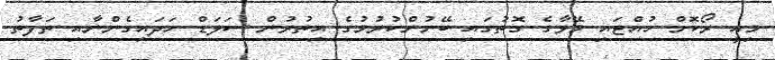
މިއީ ރޯކޮށް ހުއްޓައި މޭވާގެ ގޮތުގައި ބޭނުންކުރުމުގެ އިތުރުން ސަލަޑް ހަދައިގެންނާއި ތަފާތު